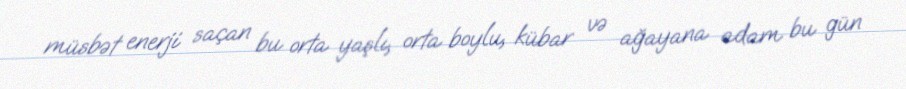
müsbət enerji saçan bu orta yaşlı, orta boylu, kübar və ağayana adam bu gün